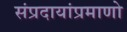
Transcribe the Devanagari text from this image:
संप्रदायांप्रमाणो